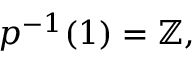
p ^ { - 1 } ( 1 ) = \mathbb { Z } ,